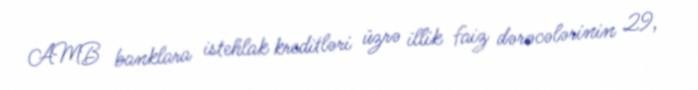
AMB banklara istehlak kreditləri üzrə illik faiz dərəcələrinin 29,